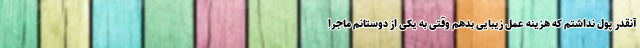
آنقدر پول نداشتم که هزینه عمل زیبایی بدهم وقتی به یکی از دوستانم ماجرا